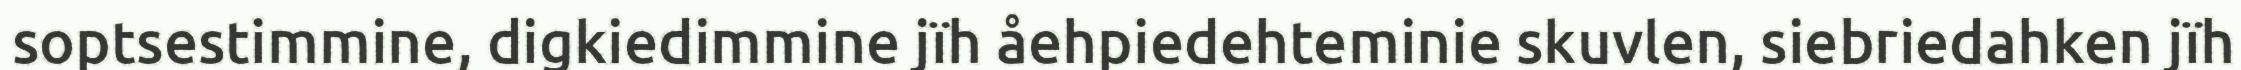
soptsestimmine, digkiedimmine jïh åehpiedehteminie skuvlen, siebriedahken jïh